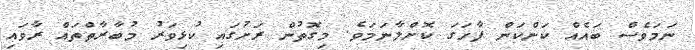
ނަމަވެސް ބައެއް ކަންކަން ފާހަގަ ކޮށްލާނަމަވެ. މިގޮތުން ރަށުގައި ކުޅިވަރު މުބާރާތްތައް ރާވައި